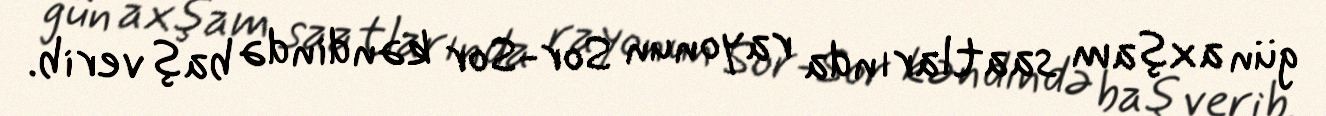
gün axşam saatlarında rayonun Sor-Sor kəndində baş verib.